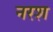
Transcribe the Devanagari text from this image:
नरश